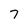
Character: 7